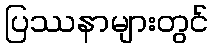
ပြဿနာများတွင်